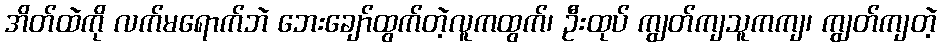
အိတ်ထဲကို လက်မရောက်ဘဲ ဘေးချော်ထွက်တဲ့လူကထွက်၊ ဦးထုပ် ကျွတ်ကျသူကကျ၊ ကျွတ်ကျတဲ့